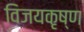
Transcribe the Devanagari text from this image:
विजयकृष्ण